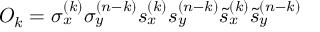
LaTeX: { \cal O } _ { k } = \sigma _ { x } ^ { ( k ) } \sigma _ { y } ^ { ( n - k ) } s _ { x } ^ { ( k ) } s _ { y } ^ { ( n - k ) } \tilde { s } _ { x } ^ { ( k ) } \tilde { s } _ { y } ^ { ( n - k ) }